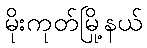
မိုးကုတ်မြို့နယ်